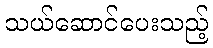
သယ်ဆောင်ပေးသည့်